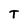
Character: T